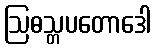
ဩဓသ္တပတောဒေါ